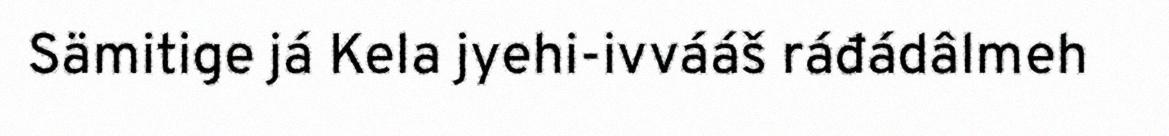
Sämitige já Kela jyehi-ivvááš ráđádâlmeh